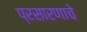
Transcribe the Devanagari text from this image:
प्रसारणाचे